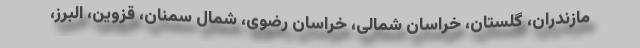
مازندران، گلستان، خراسان شمالی، خراسان رضوی، شمال سمنان، قزوین، البرز،